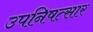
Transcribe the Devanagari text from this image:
उपनिषत्सार